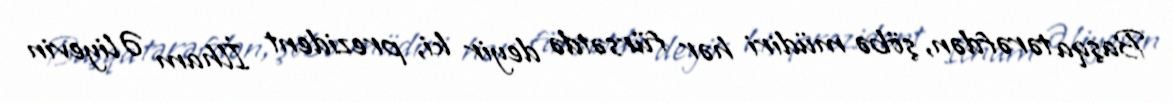
Başqa tərəfdən, şöbə müdiri hər fürsətdə deyir ki, prezident İlham Əliyevin